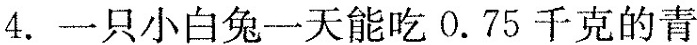
4.一只小白兔一天能吃0.75千克的青